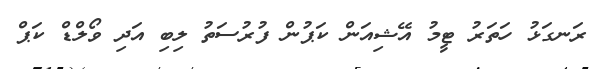
ރަނގަޅު ހަތަރު ޓީމު އޭޝިއަން ކަޕުން ފުރުސަތު ލިބި އަދި ވޯލްޑް ކަޕް